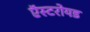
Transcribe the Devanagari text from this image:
ऍस्टरोयड